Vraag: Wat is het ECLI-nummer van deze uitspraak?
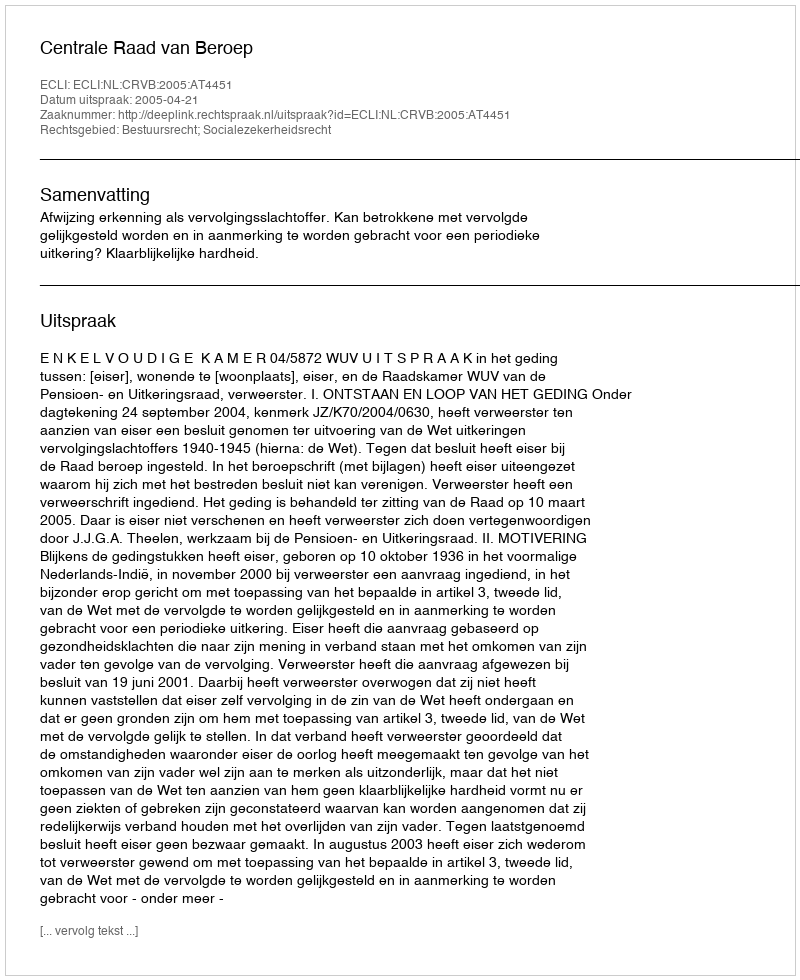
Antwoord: ECLI:NL:CRVB:2005:AT4451